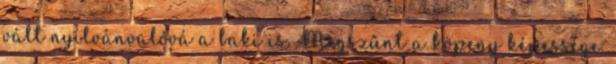
vált nyilvánvalóvá a baki is. Megszűnt a köpeny képessége.